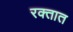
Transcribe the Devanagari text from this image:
रक्‍तात